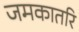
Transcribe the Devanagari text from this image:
जमकातरि